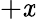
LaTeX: +\mathit{x}